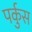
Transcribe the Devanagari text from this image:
पर्कुस